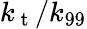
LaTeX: k_{\mathrm{~t~}}/k_{99}